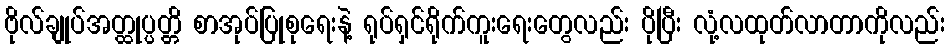
ဗိုလ်ချုပ်အတ္ထုပ္ပတ္တိ စာအုပ်ပြုစုရေးနဲ့ ရုပ်ရှင်ရိုက်ကူးရေးတွေလည်း ပိုပြီး လုံ့လထုတ်လာတာကိုလည်း